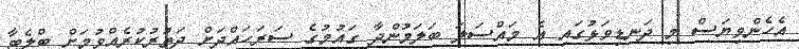
އެހެންވިޔަސް މި ދަނޑިވަޅުގައި އެ މައްސަލަ ބަލަމުންދާ ގައުމުގެ ސަރަހައްދަށް ދަތުރުކުރެއްވުމަށް ބްލެޓާ